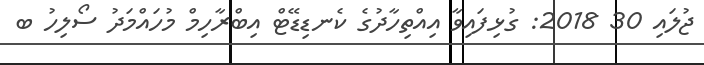
ޖުލައި 30 2018: ގުޅިފައިވާ އިއްތިހާދުގެ ކެނޑިޑޭޓް އިބްރާހިމް މުހައްމަދު ސޯލިހު ބ